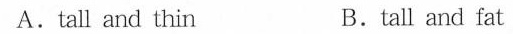
A.tall and thin B.tall and fat